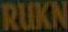
RUKN